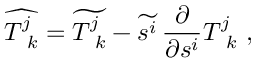
\widehat { T _ { \ k } ^ { j } } = \widetilde { T _ { \ k } ^ { j } } - \widetilde { s ^ { i } } \, { \frac { \partial } { \partial s ^ { i } } } { T _ { \ k } ^ { j } } \ ,